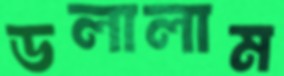
ডলালাম